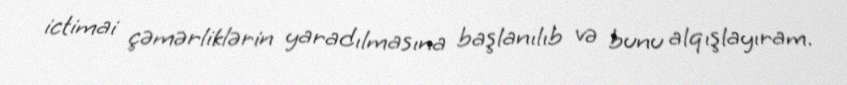
ictimai çəmərliklərin yaradılmasına başlanılıb və bunu alqışlayıram.